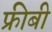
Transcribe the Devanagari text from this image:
फ्रीबी